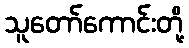
သူတော်ကောင်းတို့